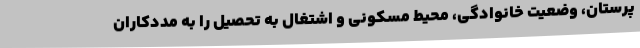
پرستان، وضعیت خانوادگی، محیط مسکونی و اشتغال به تحصیل را به مددکاران